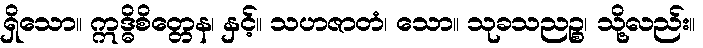
ရှိသော။ ဣဒ္ဓိစိတ္တေန၊ နှင့်။ သဟဇာတံ၊ သော။ သုခသညဉ္စ၊ သို့လည်း။